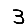
Digit: 3